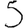
Digit: 5